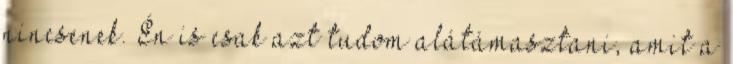
nincsenek. Én is csak azt tudom alátámasztani, amit a